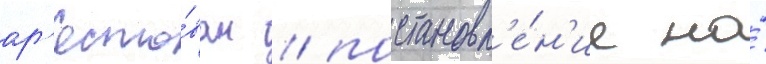
ар'есто́ван / постановл'е́н'ие на́